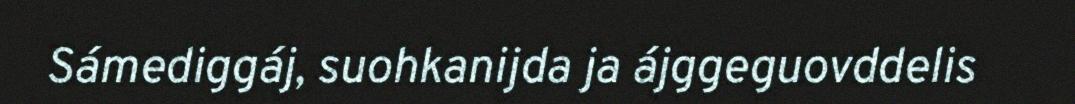
Sámediggáj, suohkanijda ja ájggeguovddelis